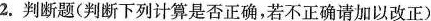
2.判断题(判断下列计算是否正确，若不正确请加以改正)